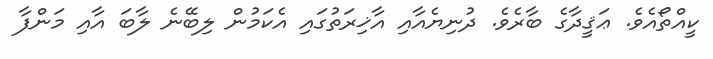
ކީއްތޯއެވެ. ޢަޤީދާގެ ބާރެވެ. ދުނިޔެއާއި އާޚިރަތުގައި އެކަމުން ލިބޭނެ ލާބަ އާއި މަންފާ